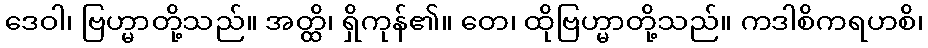
ဒေဝါ၊ ဗြဟ္မာတို့သည်။ အတ္ထိ၊ ရှိကုန်၏။ တေ၊ ထိုဗြဟ္မာတို့သည်။ ကဒါစိကရဟစိ၊